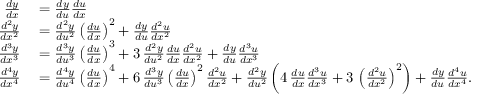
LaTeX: \begin{array} { r l } { { \frac { d y } { d x } } } & { { } = { \frac { d y } { d u } } { \frac { d u } { d x } } } \\ { { \frac { d ^ { 2 } y } { d x ^ { 2 } } } } & { { } = { \frac { d ^ { 2 } y } { d u ^ { 2 } } } \left( { \frac { d u } { d x } } \right) ^ { 2 } + { \frac { d y } { d u } } { \frac { d ^ { 2 } u } { d x ^ { 2 } } } } \\ { { \frac { d ^ { 3 } y } { d x ^ { 3 } } } } & { { } = { \frac { d ^ { 3 } y } { d u ^ { 3 } } } \left( { \frac { d u } { d x } } \right) ^ { 3 } + 3 \, { \frac { d ^ { 2 } y } { d u ^ { 2 } } } { \frac { d u } { d x } } { \frac { d ^ { 2 } u } { d x ^ { 2 } } } + { \frac { d y } { d u } } { \frac { d ^ { 3 } u } { d x ^ { 3 } } } } \\ { { \frac { d ^ { 4 } y } { d x ^ { 4 } } } } & { { } = { \frac { d ^ { 4 } y } { d u ^ { 4 } } } \left( { \frac { d u } { d x } } \right) ^ { 4 } + 6 \, { \frac { d ^ { 3 } y } { d u ^ { 3 } } } \left( { \frac { d u } { d x } } \right) ^ { 2 } { \frac { d ^ { 2 } u } { d x ^ { 2 } } } + { \frac { d ^ { 2 } y } { d u ^ { 2 } } } \left( 4 \, { \frac { d u } { d x } } { \frac { d ^ { 3 } u } { d x ^ { 3 } } } + 3 \, \left( { \frac { d ^ { 2 } u } { d x ^ { 2 } } } \right) ^ { 2 } \right) + { \frac { d y } { d u } } { \frac { d ^ { 4 } u } { d x ^ { 4 } } } . } \end{array}